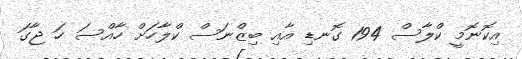
އިކޮނޮމީ ކްލާސް 194 ގޮނޑި އާއި ބިޒްނަސް ކްލާހަށް ހާއްސަ ހަ ޖާގަ